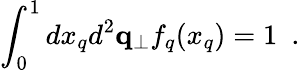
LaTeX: \int_{0}^{1}dx_{q}d^{2}{\mathbf q}_{\perp}f_{q}(x_{q})=1~~.